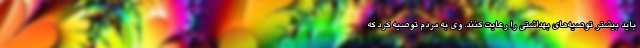
باید بیشتر توصیه‌های بهداشتی را رعایت کنند. وی به مردم توصیه کرد که